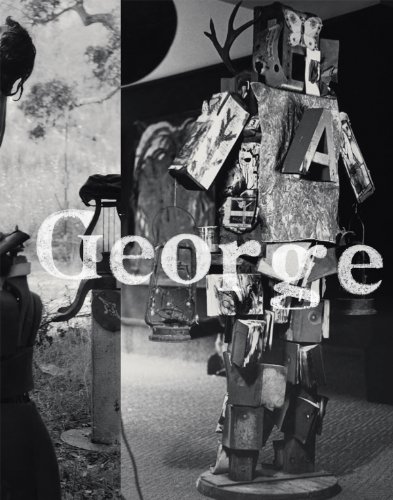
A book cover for George Herms: The River Book; Dave Hickey; Arts & Photography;